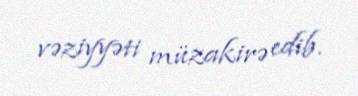
vəziyyəti müzakirə edib.